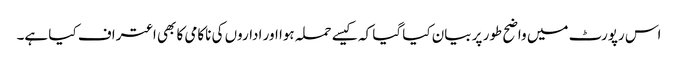
اس رپورٹ میں واضح طور پر بیان کیا گیا کہ کیسے حملہ ہوا اور اداروں کی ناکامی کا بھی اعتراف کیا ہے۔